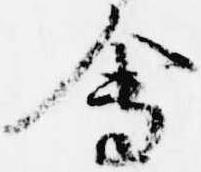
会